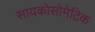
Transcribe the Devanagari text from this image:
सायकोसोमेटिक